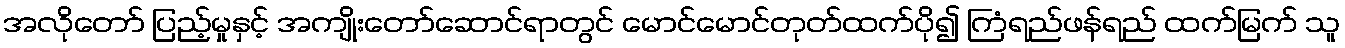
အလိုတော် ပြည့်မှုနှင့် အကျိုးတော်ဆောင်ရာတွင် မောင်မောင်တုတ်ထက်ပို၍ ကြံရည်ဖန်ရည် ထက်မြက် သူ